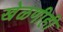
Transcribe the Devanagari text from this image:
खेळणीही